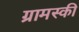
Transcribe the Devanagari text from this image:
ग्रामस्की